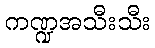
ကဏ္ဍအသီးသီး